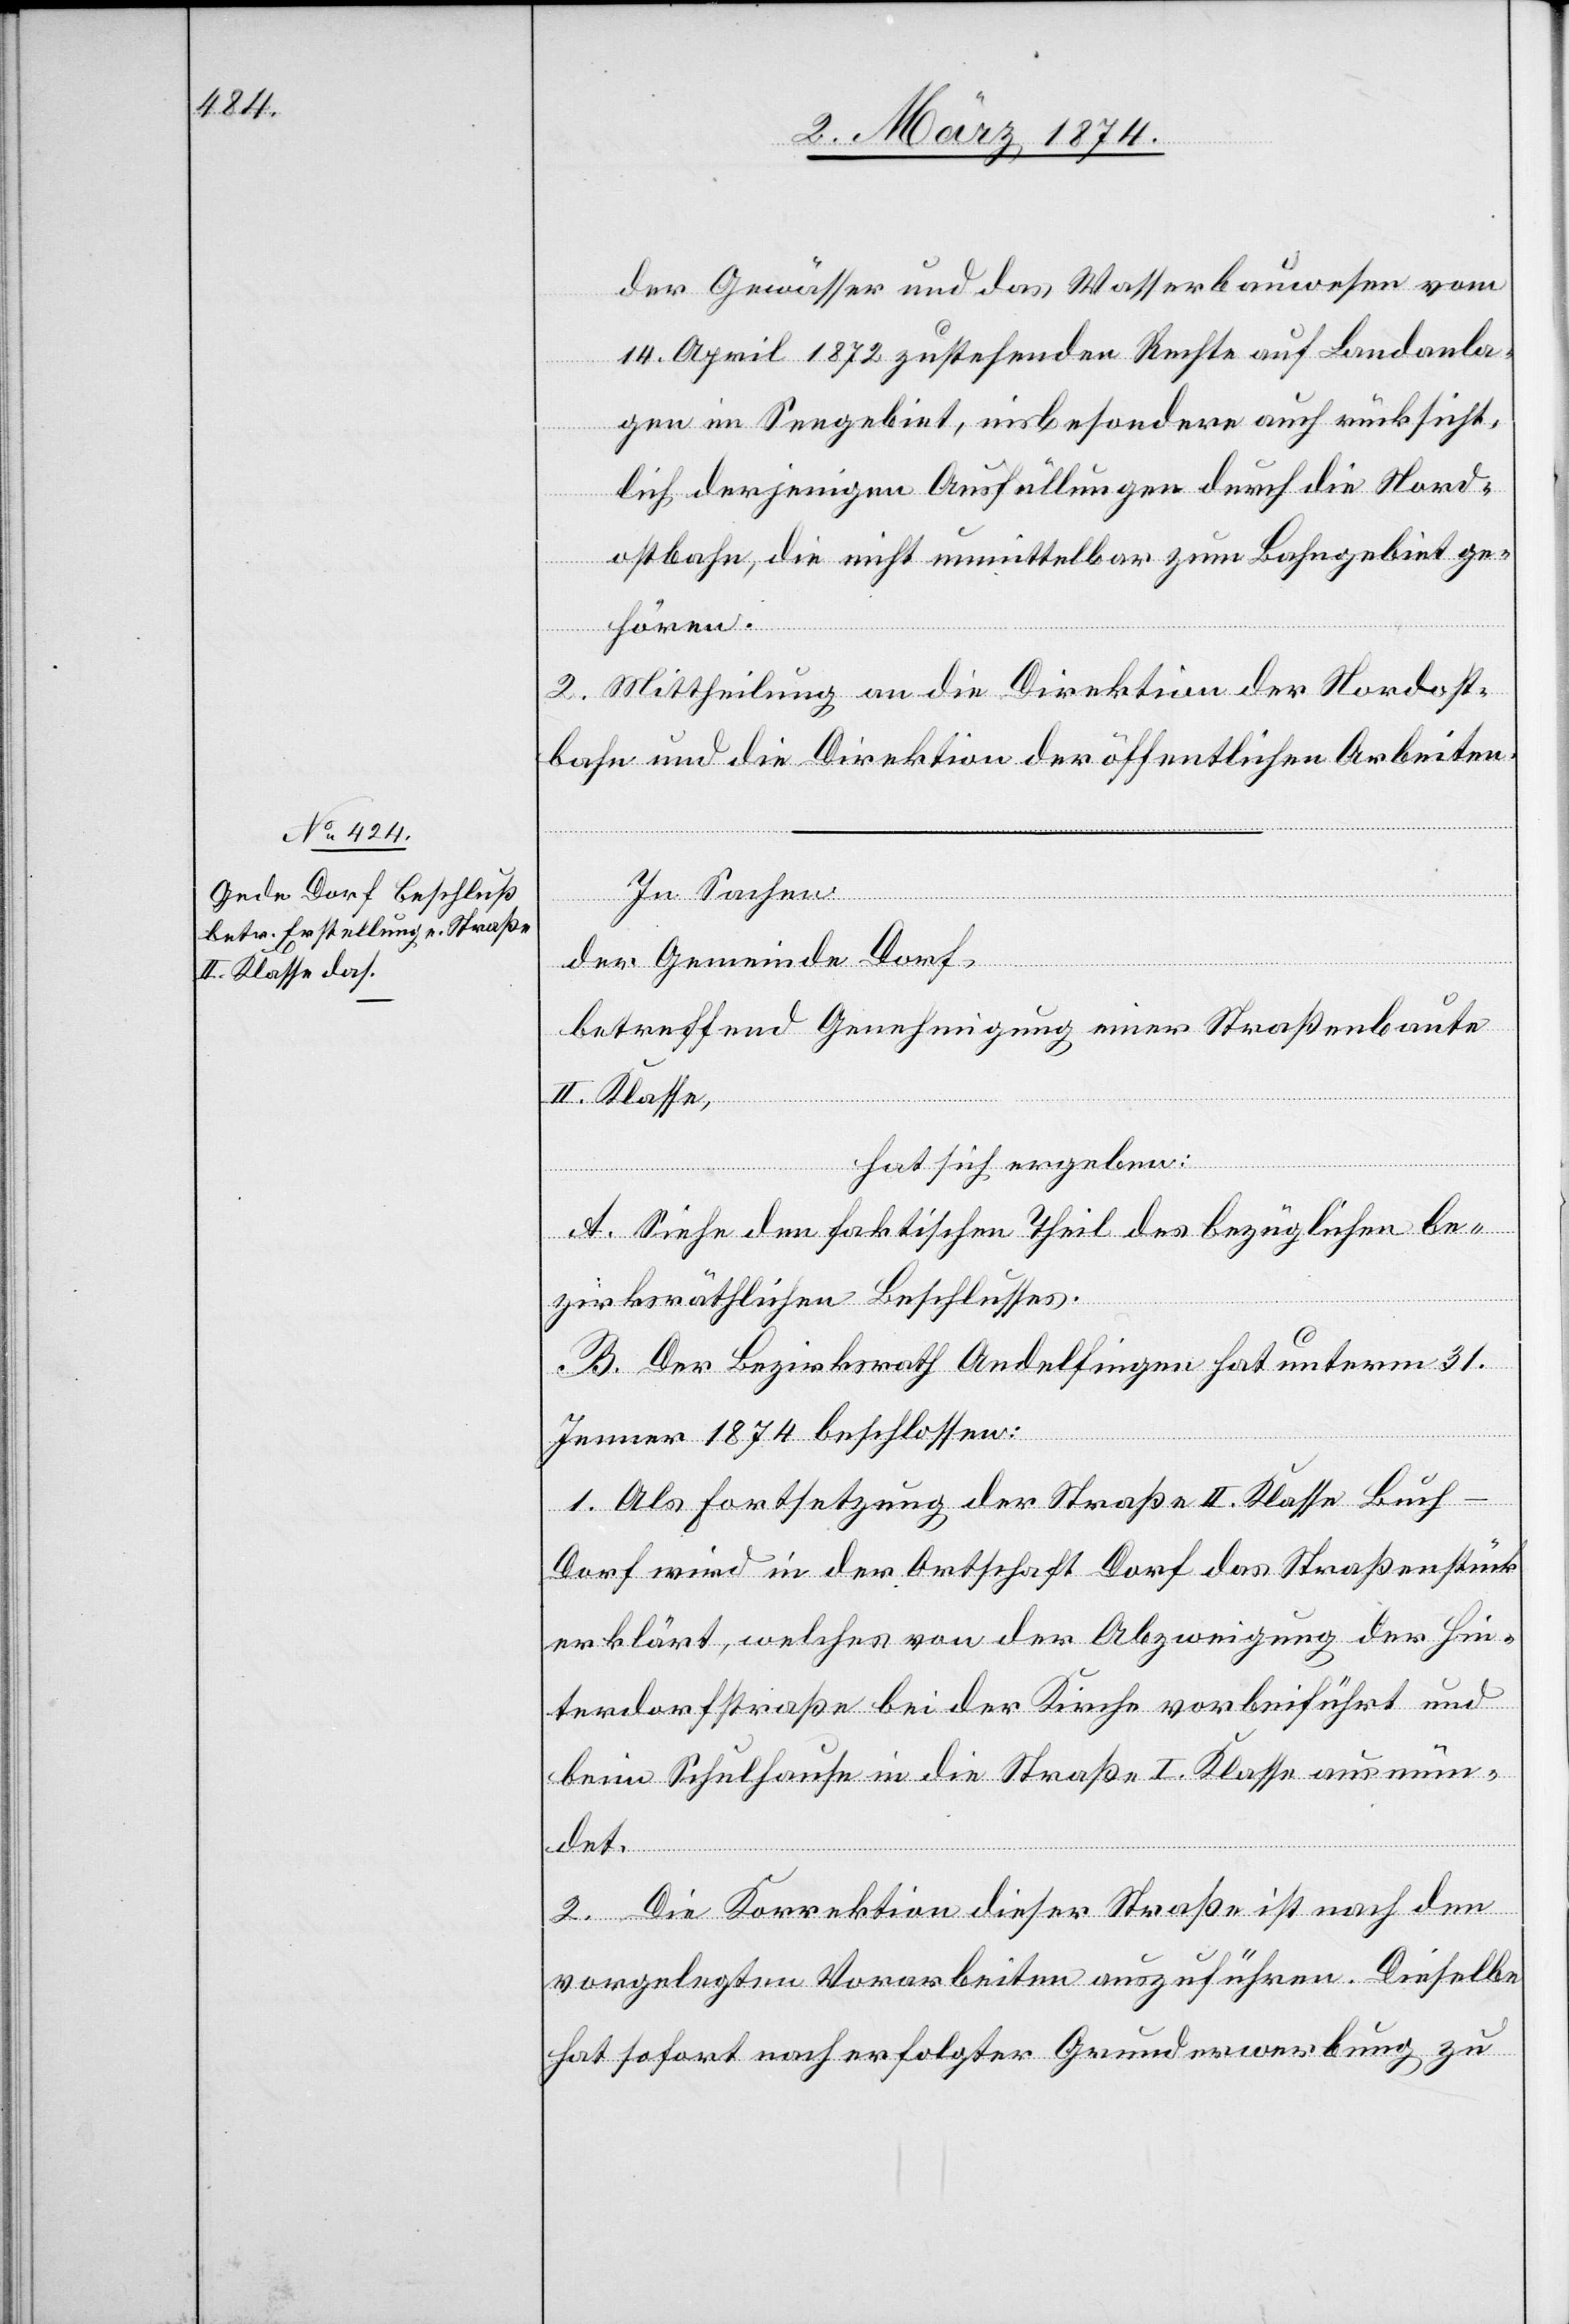
der Gewässer und das Wasserbauwesen vom
14. April 1872 zustehenden Rechte auf Landanla¬
gen im Seegebiet, insbesondere auch rücksicht¬
lich derjenigen Ausfüllungen durch die Nord¬
ostbahn, die nicht unmittelbar zum Bahngebiet ge¬
hören.
2. Mittheilung an die Direktion der Nordost¬
bahn und die Direktion der öffentlichen Arbeiten.
In Sachen
der Gemeinde Dorf,
betreffend Genehmigung einer Straßenbaute
II. Klasse,
hat sich ergeben:
A. Siehe den faktischen Theil des bezüglichen be¬
zirksräthlichen Beschlusses.
B. Der Bezirksrath Andelfingen hat unterm 31.
Jenner 1874 beschlossen:
1. Als Fortsetzung der Straße II. Klasse Buc¬
h-Dorf wird in der Ortschaft Dorf das Straßenstück
erklärt, welches von der Abzweigung der Hin¬
terdorfstraße bei der Kirche vorbeiführt und
beim Schulhause in die Straße I. Klasse ausmün¬
det.
2. Die Korrektion dieser Straße ist nach den
vorgelegten Vorarbeiten auszuführen. Dieselbe
hat sofort nach erfolgter Grunderwerbung zu